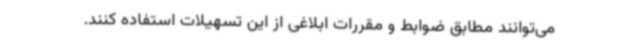
می‌توانند مطابق ضوابط و مقررات ابلاغی از این تسهیلات استفاده کنند.